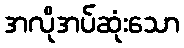
အလိုအပ်ဆုံးသော